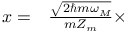
\begin{array} { r l } { x = } & { { } \frac { \sqrt { 2 \hslash m \omega _ { M } } } { m Z _ { m } } \times } \end{array}